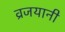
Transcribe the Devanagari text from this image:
व्रजयानी